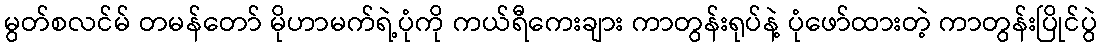
မွတ်စလင်မ် တမန်တော် မိုဟာမက်ရဲ့ပုံကို ကယ်ရီကေးချား ကာတွန်းရုပ်နဲ့ ပုံဖော်ထားတဲ့ ကာတွန်းပြိုင်ပွဲ